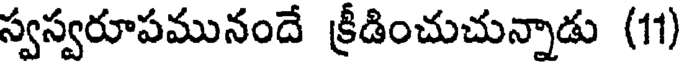
స్వస్వరూపమునందే క్రీడించుచున్నాడు (11)